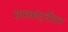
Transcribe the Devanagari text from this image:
सास्काट्चीवन